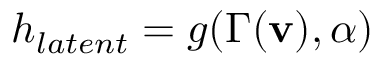
h _ { l a t e n t } = g ( \Gamma ( \mathbf { v } ) , \alpha )